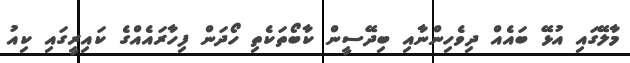
މާލޭގައި އުޅޭ ބައެއް ދިވެހިންނާއި ބިދޭސީން ކާބޯތަކެތި ހޯދަން ފިހާރައެއްގެ ކައިރީގައި ކިއު